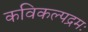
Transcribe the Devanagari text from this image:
कविकल्पद्रमः